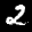
Label: 2